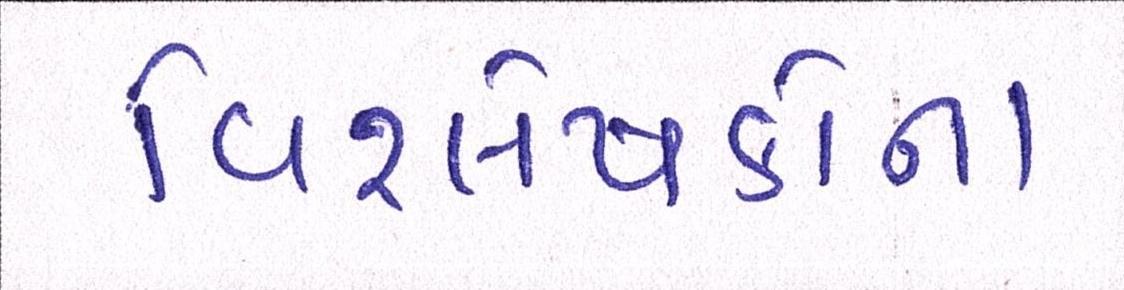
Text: વિશ્લેષકોના